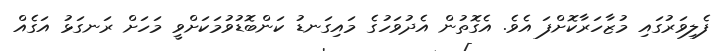
ފެލިވަރުގައި މުޒާހަރާކޮށްފަ އެވެ. އެގޮތުން އެދުވަހުގެ މައިގަނޑު ކަންބޮޑުވުމަކަށްވީ މަހަށް ރަނގަޅު އަގެއް